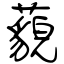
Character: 藐